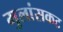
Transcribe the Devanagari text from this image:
मुलांसकट